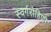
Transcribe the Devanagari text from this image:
स्वर्गरोहिणी